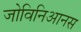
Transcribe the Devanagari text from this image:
जोविनिआनस